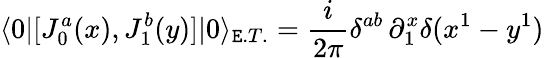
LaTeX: \langle0|[J_{0}^{a}(x),J_{1}^{b}(y)]|0\rangle_{\mathtt{E}.T.}=\frac{{i}}{{2\pi}}\delta^{ab}\, \partial_{1}^{x}\delta(x^{1}-y^{1})